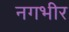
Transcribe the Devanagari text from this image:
नगभीर